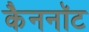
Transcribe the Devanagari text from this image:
कैननॉट